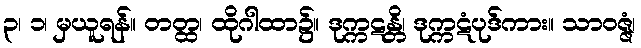
၃၊ ၁၊ မှယူရန်။ တတ္ထ၊ ထိုဂါထာ၌။ ဒုက္ကဋန္တိ၊ ဒုက္ကဋံပုဒ်ကား။ သာဝဇ္ဇံ၊